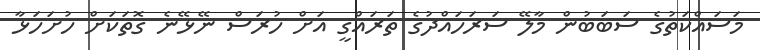
މަސައްކަތުގެ ސަބަބުން މާލޭ ސަރަހައްދުގެ ތަރައްގީ އަށް ހުރަސް ނޭޅޭނެ ގޮތަކަށް ހުށަހަޅާ